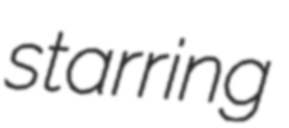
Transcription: starring